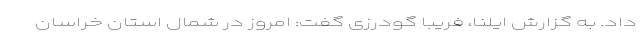
داد. به گزارش ایلنا، فریبا گودرزی گفت: امروز در شمال استان خراسان